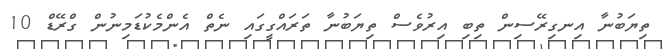
ތިޔަބުނާ އިނގިރޭސިން ތިބި އިރުވެސް ތިޔަބުނާ ތަރައްގީގައި ނެތް އެންމެކުޑަމިނުން ގްރޭޑް 10